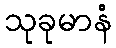
သုခုမာနံ